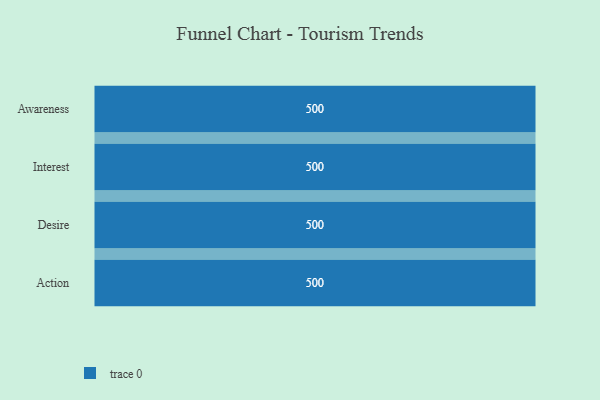
{"axis": {"x": "Stage", "y": "Value"}, "legend": [""], "data": [{"x": "Awareness", "y": 500, "type": ""}, {"x": "Interest", "y": 500, "type": ""}, {"x": "Desire", "y": 500, "type": ""}, {"x": "Action", "y": 500, "type": ""}]}